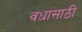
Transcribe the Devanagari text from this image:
वधासाठी